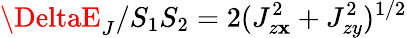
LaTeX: \DeltaE_{J}/S_{1}S_{2}=2(J_{z\mathbf{x}}^{2}+J_{zy}^{2})^{1/2}